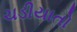
ચડીયાતો